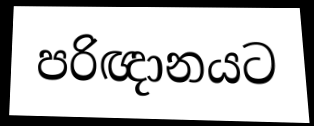
පරිඥානයට